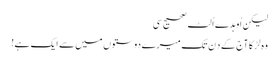
لیکن اُوہدے اُلٹ صحیح سی
وہ لڑکا آج کے دِن تک میرے دوستوں میں سے ایک ہے!